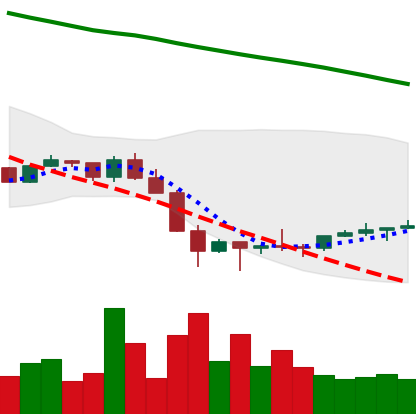
Ticker: NEO-USD
Chart end date: 2022-02-01
Forward return: 13.234%
Label: up_7plus